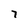
Character: 7